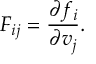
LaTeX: F _ { i j } = { \frac { \partial f _ { i } } { \partial v _ { j } } } .